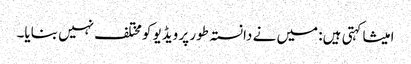
امیشا کہتی ہیں: میں نے دانستہ طور پر ویڈیو کومختلف نہیں بنایا۔